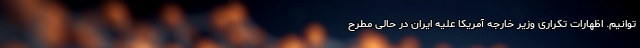
‌توانیم. اظهارات تکراری وزیر خارجه آمریکا علیه ایران در حالی مطرح